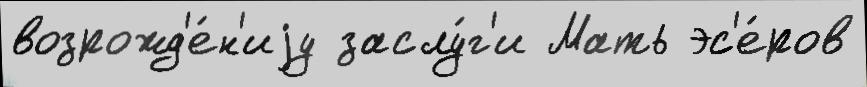
возрожд'е́н'иjу заслу́г'и Мать эс'е́ров